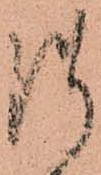
御